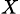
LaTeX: _{X}